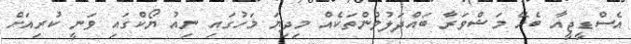
އެސްޑީޖީއާ ބެހޭ މަޝްވަރާ ބައްދަލުވުންތަކެއް މިދިޔަ މަހުގައި ނިއު ޔޯކްގައި ވަނީ ކުރިއަށް